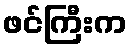
ဖင်ကြီးက